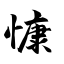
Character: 慷